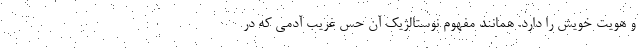
و هویت خویش را دارد. همانند مفهوم نوستالژیک آن حس غریب آدمی که در